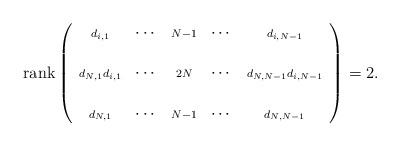
LaTeX: \begin{align*}{\rm rank}\left(\begin{array}{ccccc}\scriptstyle{d_{i,1}} & \cdots & \scriptstyle{N-1} &\cdots & \scriptstyle{d_{i,N-1}} \\& & & & \\\scriptstyle{d_{N,1} d_{i,1}} & \cdots & \scriptstyle{2N}& \cdots & \scriptstyle{d_{N,N-1} d_{i,N-1}} \\& & & & \\\scriptstyle{d_{N,1}} & \cdots & \scriptstyle{N-1} &\cdots & \scriptstyle{d_{N,N-1}} \\\end{array}\right)=2.\end{align*}